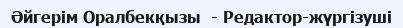
Әйгерім Оралбекқызы  - Редактор-жүргізуші